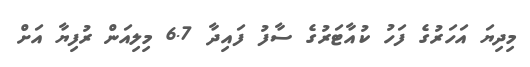
މިދިޔަ އަހަރުގެ ފަހު ކުއާޓަރުގެ ސާފު ފައިދާ 6.7 މިލިއަން ރުފިޔާ އަަށް